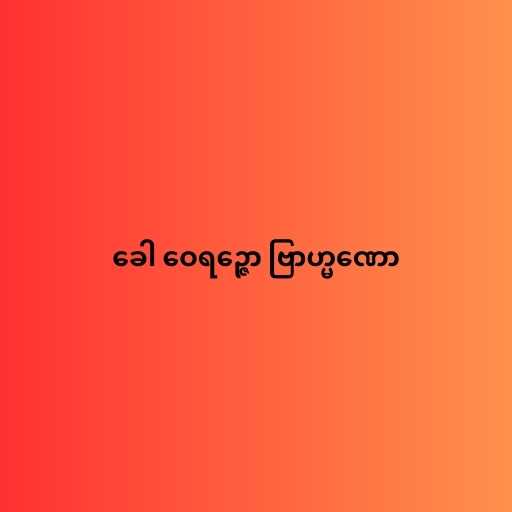
ခေါ ဝေရဉ္ဇော ဗြာဟ္မဏော